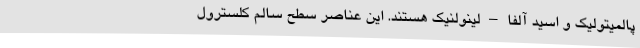
پالمیتولیک و اسید آلفا – لینولنیک هستند. این عناصر سطح سالم کلسترول